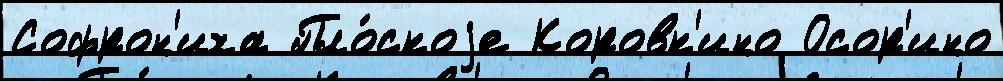
Софрон'иха Пло́скоjе Коровк'ино Осор'ино